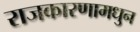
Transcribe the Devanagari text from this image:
राजकारणामधुन